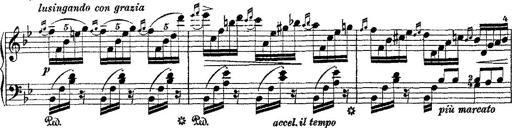
Title: Fantaisie romantique sur deux mÃ©lodies suisses
Composer: Franz Liszt